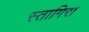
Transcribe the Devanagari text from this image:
स्तागिरा